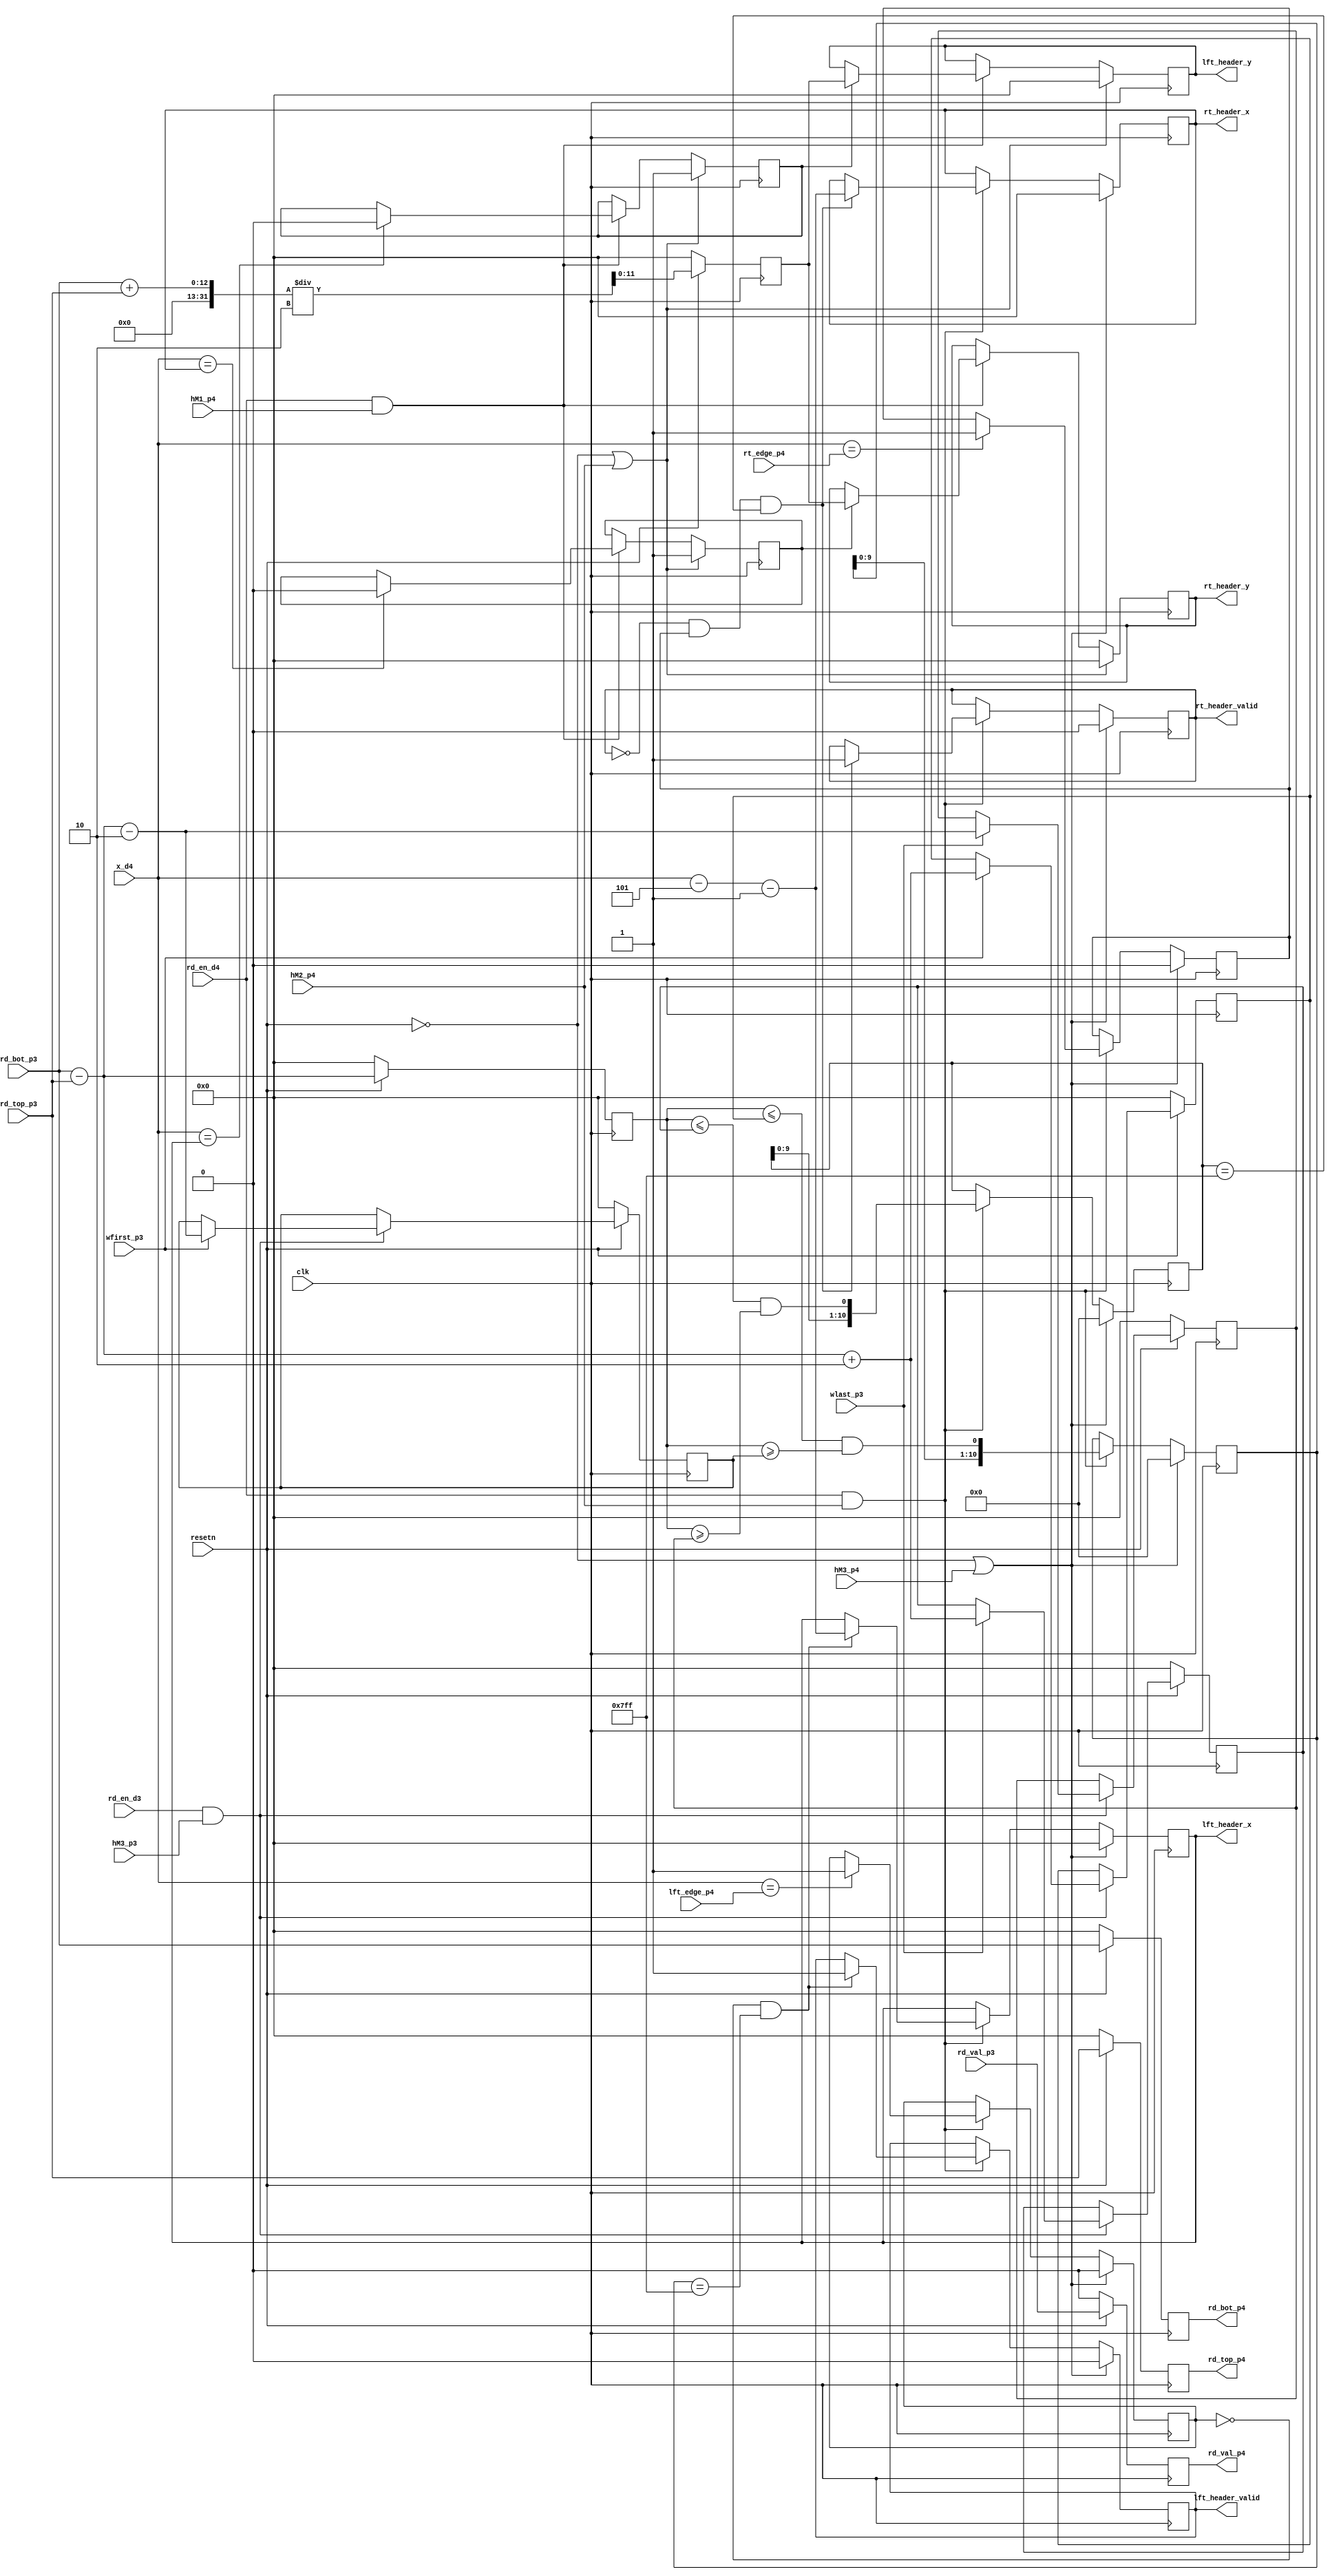
module fsa_detect_header # (
	parameter integer C_IMG_HW = 12,
	parameter integer C_IMG_WW = 12
) (
	input	clk,
	input	resetn,

	input  wire                rd_en_d3    ,
	input  wire                hM3_p3      ,
	input  wire                wfirst_p3   ,
	input  wire                wlast_p3    ,
	input  wire                rd_en_d4    ,
	input  wire                hM1_p4      ,
	input  wire                hM2_p4      ,
	input  wire                hM3_p4      ,

	input  wire [C_IMG_WW-1:0] x_d4        ,
	input  wire [C_IMG_WW-1:0] lft_edge_p4 ,
	input  wire [C_IMG_WW-1:0] rt_edge_p4  ,

	input  wire                rd_val_p3,
	input  wire [C_IMG_HW-1:0] rd_top_p3,
	input  wire [C_IMG_HW-1:0] rd_bot_p3,

	output reg                rd_val_p4,
	output reg [C_IMG_HW-1:0] rd_top_p4,
	output reg [C_IMG_HW-1:0] rd_bot_p4,

	output reg                lft_header_valid,
	output reg [C_IMG_WW-1:0] lft_header_x,
	output reg [C_IMG_HW-1:0] lft_header_y,
	output reg                rt_header_valid,
	output reg [C_IMG_WW-1:0] rt_header_x,
	output reg [C_IMG_HW-1:0] rt_header_y
);
	localparam integer fiber_height_tol = 2;

	wire[C_IMG_HW-1:0] col_height_p3;
	assign col_height_p3 = (rd_bot_p3 - rd_top_p3);

	//reg                rd_val_p4;
	//reg [C_IMG_HW-1:0] rd_top_p4;
	//reg [C_IMG_HW-1:0] rd_bot_p4;
	reg [C_IMG_HW-1:0] rd_height_p4;
	reg [C_IMG_HW-1:0] rd_yc_p4;	/// center of y
	always @ (posedge clk) begin
		if (resetn == 1'b0) begin
			rd_val_p4 <= 1'b0;
			rd_top_p4 <= 0;
			rd_bot_p4 <= 0;
			rd_height_p4 <= 0;
			rd_yc_p4  <= 0;
		end
		else begin
			rd_val_p4 <= rd_val_p3;
			rd_top_p4 <= rd_top_p3;
			rd_bot_p4 <= rd_bot_p3;
			rd_height_p4 <= col_height_p3;
			rd_yc_p4  <= (rd_bot_p3 + rd_top_p3) / 2;
		end
	end

	//////////////////////////// height ////////////////////////////////////

	reg [C_IMG_HW-1:0] lft_height_lower_p4;
	reg [C_IMG_HW-1:0] lft_height_upper_p4;

	reg [C_IMG_HW-1:0] rt_height_lower_p4;
	reg [C_IMG_HW-1:0] rt_height_upper_p4;
	always @ (posedge clk) begin
		if (resetn == 1'b0) begin
			lft_height_lower_p4 <= 0;
			lft_height_upper_p4 <= 0;
			rt_height_lower_p4  <= 0;
			rt_height_upper_p4  <= 0;
		end
		else if (rd_en_d3 && hM3_p3) begin
			if (wfirst_p3) begin
				lft_height_upper_p4 <= col_height_p3 + fiber_height_tol;
				lft_height_lower_p4 <= col_height_p3 - fiber_height_tol;
			end

			if (wlast_p3) begin
				rt_height_upper_p4  <= col_height_p3 + fiber_height_tol;
				rt_height_lower_p4  <= col_height_p3 - fiber_height_tol;
			end
		end
	end

	//////////////////////////// header ///////////////////////////////////
	localparam integer C_FIBER_THICKNESS_LEN_HALF = 5;
	localparam integer C_FIBER_THICKNESS_LEN = C_FIBER_THICKNESS_LEN_HALF * 2 + 1;
	/// HM2
	///////////////////////// left
	reg                             lft_header_done;
	//reg                             lft_header_valid;
	//reg [C_IMG_WW-1:0]              lft_header_x;
	reg [C_FIBER_THICKNESS_LEN-1:0] lft_col_valid;
	wire                            lft_col_thickness_valid;
	assign lft_col_thickness_valid = (rd_height_p4 <= lft_height_upper_p4 && rd_height_p4 >= lft_height_lower_p4);
	wire                            update_lft_header_x;
	assign update_lft_header_x = (~lft_header_done && lft_col_valid == {C_FIBER_THICKNESS_LEN{1'b1}});

	always @ (posedge clk) begin
		if (resetn == 1'b0 || hM3_p4 == 1'b1) begin
			lft_header_done  <= 0;
			lft_header_valid <= 1'b0;
			lft_col_valid    <= 0;
			lft_header_x     <= 0;
		end
		else if (rd_en_d4 && hM2_p4) begin
			lft_col_valid <= { lft_col_valid[C_FIBER_THICKNESS_LEN-2:0], lft_col_thickness_valid};
			if (x_d4 == lft_edge_p4)
				lft_header_done <= 1;
			if (update_lft_header_x) begin
				lft_header_valid <= 1;
				lft_header_x     <= x_d4 - C_FIBER_THICKNESS_LEN_HALF - 1;
			end
		end
	end

	reg       update_lft_header_y;
	always @ (posedge clk) begin
		if (resetn == 1'b0 || hM2_p4 == 1'b1) begin
			update_lft_header_y <= 1;
			lft_header_y  <= 0;
		end
		else if (rd_en_d4 && hM1_p4) begin
			if (x_d4 == lft_header_x)
				update_lft_header_y <= 0;
			if (update_lft_header_y)
				lft_header_y <= rd_yc_p4;
		end
	end

	//////////////// right
	reg                             rt_header_start;
	//reg                             rt_header_valid;
	//reg [C_IMG_WW-1:0]              rt_header_x;
	reg [C_FIBER_THICKNESS_LEN-1:0] rt_col_valid;
	wire                            rt_col_thickness_valid;
	assign rt_col_thickness_valid = (rd_height_p4 <= rt_height_upper_p4 && rd_height_p4 >= rt_height_lower_p4);
	wire                            update_rt_header_x;
	assign update_rt_header_x = ((~rt_header_valid && rt_header_start) && rt_col_valid == {C_FIBER_THICKNESS_LEN{1'b1}});
	always @ (posedge clk) begin
		if (resetn == 1'b0 || hM3_p4 == 1'b1) begin
			rt_header_start <= 0;
			rt_header_valid <= 1'b0;
			rt_col_valid    <= 0;
			rt_header_x     <= 0;
		end
		else if (rd_en_d4 && hM2_p4) begin
			rt_col_valid  <= { rt_col_valid[C_FIBER_THICKNESS_LEN-2:0],  rt_col_thickness_valid};
			if (x_d4 == rt_edge_p4)
				rt_header_start <= 1;
			if (update_rt_header_x) begin
				rt_header_valid <= 1;
				rt_header_x     <= x_d4 - C_FIBER_THICKNESS_LEN_HALF - 1;
			end
		end
	end

	reg       update_rt_header_y;
	always @ (posedge clk) begin
		if (resetn == 1'b0 || hM2_p4 == 1'b1) begin
			update_rt_header_y <= 1;
			rt_header_y  <= 0;
		end
		else if (rd_en_d4 && hM1_p4) begin
			if (x_d4 == rt_header_x)
				update_rt_header_y <= 0;
			if (update_rt_header_y)
				rt_header_y <= rd_yc_p4;
		end
	end
endmodule